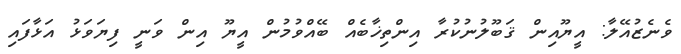
ވެނެޒުއޭލާ: އީޔޫއިން ޤަބޫލުނުކުރާ އިންތިޚާބެއް ބޭއްވުުމުން އީޔޫ އިން ވަނީ ފިޔަވަޅު އަޅާފައި